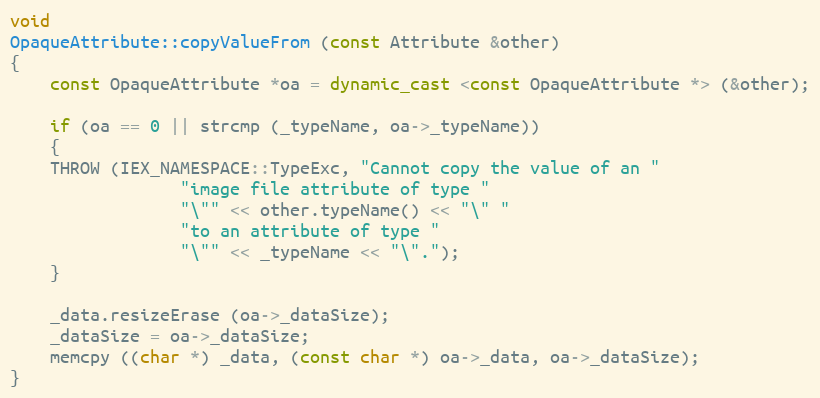
Language: C++
void
OpaqueAttribute::copyValueFrom (const Attribute &other)
{
    const OpaqueAttribute *oa = dynamic_cast <const OpaqueAttribute *> (&other);

    if (oa == 0 || strcmp (_typeName, oa->_typeName))
    {
	THROW (IEX_NAMESPACE::TypeExc, "Cannot copy the value of an "
			     "image file attribute of type "
			     "\"" << other.typeName() << "\" "
			     "to an attribute of type "
			     "\"" << _typeName << "\".");
    }

    _data.resizeErase (oa->_dataSize);
    _dataSize = oa->_dataSize;
    memcpy ((char *) _data, (const char *) oa->_data, oa->_dataSize);
}